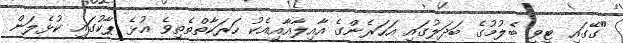
"ގޭގައި ޓީވީ ބެލުމުގެ ބަދަލުގައި އަހަރެންގެ އާއިލާއާއިއެކު ހަރަކާތްތެތިވެ އުޅެ ޕާކުގައި ކުޅެލަން